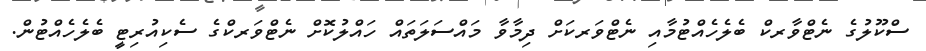
ސްކޫލުގެ ނެޓްވާރކް ބެލެހެއްޓުމާއި ނެޓްވަރކަށް ދިމާވާ މައްސަލަތައް ހައްލުކޮށް ނެޓްވަރކްގެ ސެކިއުރިޓީ ބެލެހެއްޓުން.